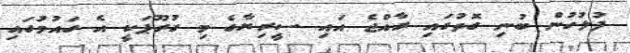
ފުލުހުން ބުނި ގޮތުގައި ރާއްޖެ އައި ސީރިޔާގެ މި ގުރޫޕަކީ އެ ގައުމުގައި